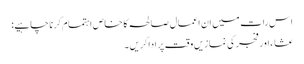
اس رات میں ان اعمال صالحہ کا خاص اہتمام کرنا چاہیے:
عشاء اور فجر کی نمازیں وقت پر ادا کریں ۔